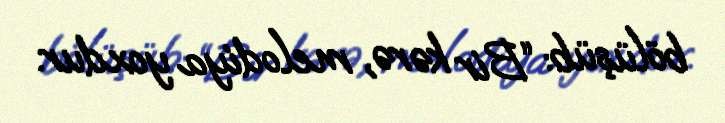
bölüşüb: “Bir kərə, melodiya yoxdur.